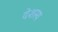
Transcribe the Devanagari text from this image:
देशस्य